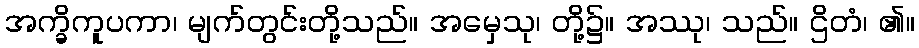
အက္ခိကူပကာ၊ မျက်တွင်းတို့သည်။ အမှေသု၊ တို့၌။ အဿု၊ သည်။ ဌိတံ၊ ၏။